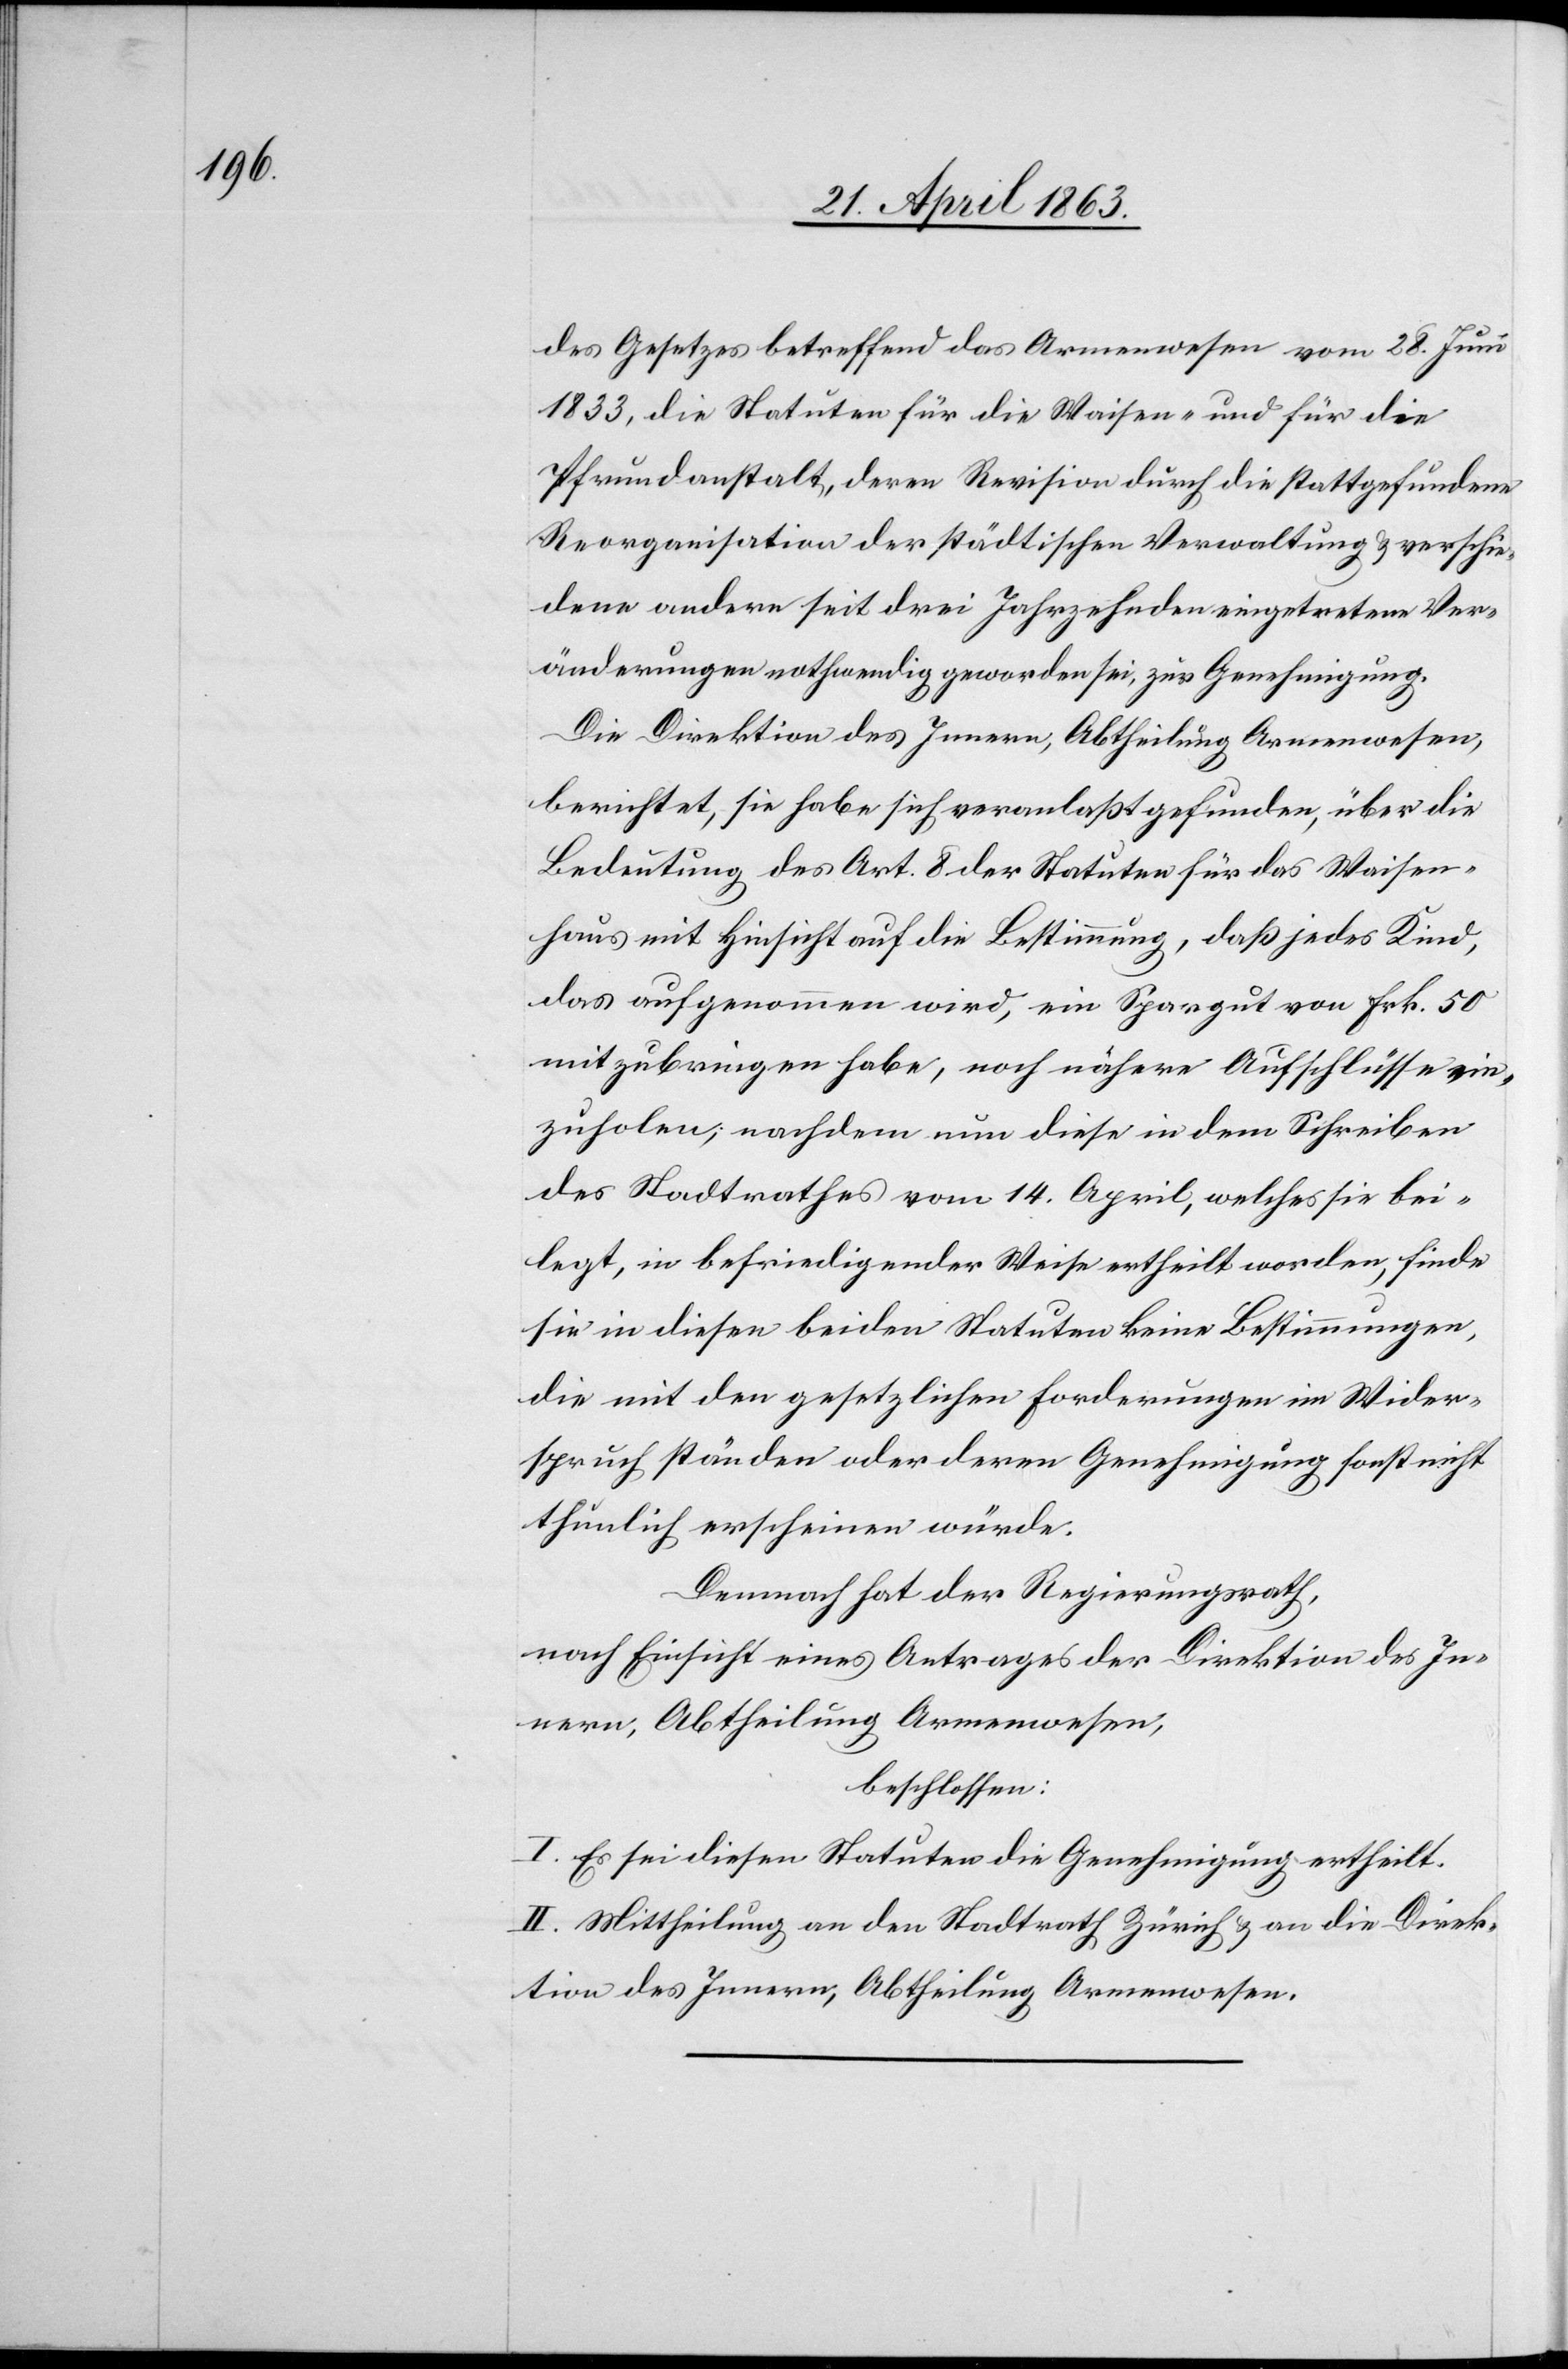
des Gesetzes betreffend das Armenwesen vom 28. Juni
1833, die Statuten für die Waisen- und für die
Pfrundanstalt, deren Revision durch die stattgefundene
Reorganisation der städtischen Verwaltung & verschie¬
dene andern seit drei Jahrzehnden eingetretene Ver¬
änderungen nothwendig geworden sei, zur Genehmigung.
Die Direktion des Innern, Abtheilung Armenwesen,
berichtet, sie habe sich veranlaßt gefunden, über die
Bedeutung des Art. 8 der Statuten für das Waisen¬
haus mit Hinsicht auf die Bestimmung, daß jedes Kind,
das aufgenommen wird, ein Spargut von Frk. 50
mitzubringen habe, noch nähere Aufschlüsse ein¬
zuholen; nachdem nun diese in dem Schreiben
des Stadtrathes vom 14. April, welches sie bei¬
legt, in befriedigender Weise ertheilt worden, finde
sie in diesen beiden Statuten keine Bestimmungen,
die mit den gesetzlichen Forderungen im Wider¬
spruch ständen oder deren Genehmigung sonst nicht
thunlich erscheinen würde.
Demnach hat der Regierungsrath,
nach Einsicht eines Antrages der Direktion des In¬
nern, Abtheilung Armenwesen,
beschlossen:
I. Es sei diesen Statuten die Genehmigung ertheilt.
II. Mittheilung an den Stadtrath Zürich & an die Direk¬
tion des Innern, Abtheilung Armenwesen.